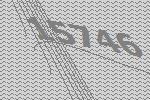
15746